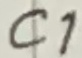
Text: C1